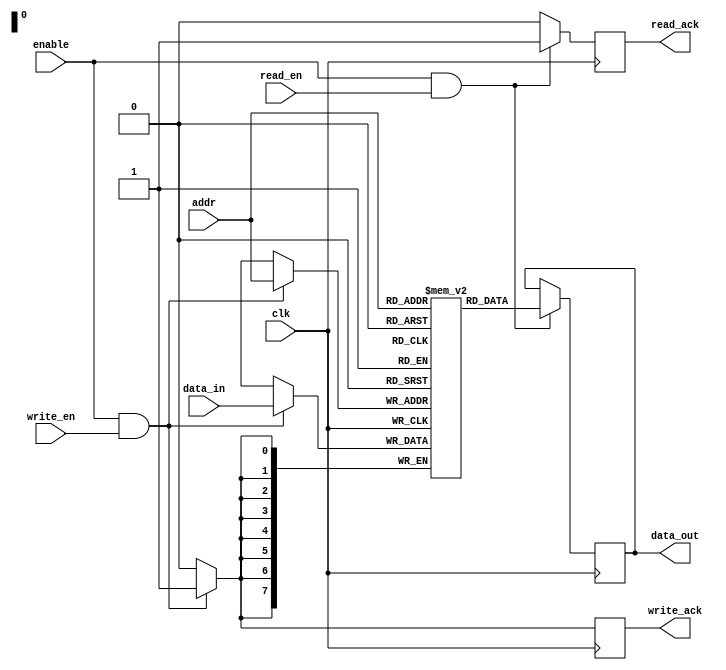
module dual_port_ram (
  input wire clk,
  input wire enable,
  input wire [7:0] addr,
  input wire [7:0] data_in,
  input wire read_en,
  input wire write_en,
  output reg [7:0] data_out,
  output reg read_ack,
  output reg write_ack
);

reg [7:0] mem [0:255];

always @(posedge clk) begin
  if (enable && read_en) begin
    data_out <= mem[addr];
    read_ack <= 1;
  end else begin
    read_ack <= 0;
  end
  
  if (enable && write_en) begin
    mem[addr] <= data_in;
    write_ack <= 1;
  end else begin
    write_ack <= 0;
  end
end

endmodule